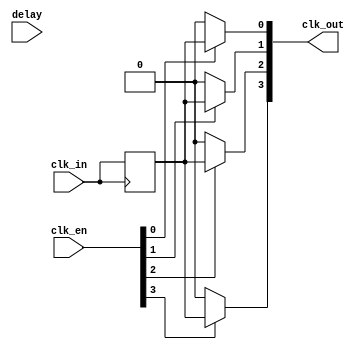
module HighFanoutClockBuffer #(
    parameter NUM_OUTPUTS = 4,  // Number of output clock signals
    parameter DELAY_WIDTH = 4    // Width for programmable delay
)(
    input wire clk_in,            // Input clock signal
    input wire [NUM_OUTPUTS-1:0] clk_en, // Enable signals for each output
    input wire [DELAY_WIDTH-1:0] delay,   // Programmable delay
    output wire [NUM_OUTPUTS-1:0] clk_out  // Buffered output clock signals
);

    // Internal signals for delayed clock
    reg [NUM_OUTPUTS-1:0] clk_out_reg;

    // Clock buffer logic
    always @(posedge clk_in) begin
        // Apply programmable delay
        #delay clk_out_reg <= clk_in;
    end

    // Output assignment based on enable signals
    genvar i;
    generate
        for (i = 0; i < NUM_OUTPUTS; i = i + 1) begin : output_logic
            assign clk_out[i] = clk_en[i] ? clk_out_reg : 1'b0; // Output clock based on enable
        end
    endgenerate

endmodule